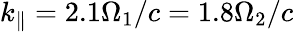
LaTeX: k_{\parallel}=2.1\Omega_{1}/c=1.8\Omega_{2}/c